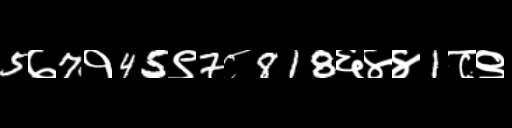
Text: 5७7१45९7८818६४४1८९